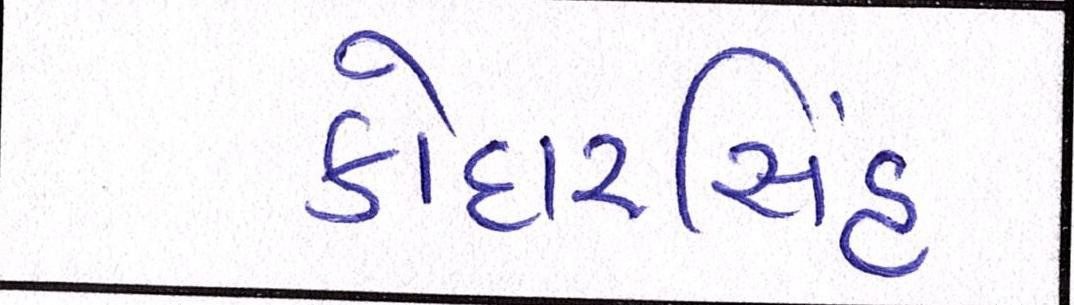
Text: કોદારસિંહ